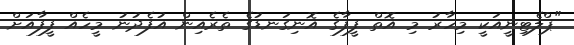
"ޕްލެޓިނީއަކީ މިހާރު މި އޮތް ފީފާގެ އޮނިގަނޑުގެ ތެރެއިން އުފެދުނު މީހެއް ފީފާއަށް